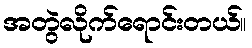
အတွဲလိုက်ရောင်းတယ်။